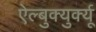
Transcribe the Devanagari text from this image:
ऐल्बुक्युर्क्यू